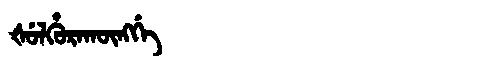
Manchu: ᡧᡠᠯᡥᡠᡵᠠᡴᡡᠩᡤᡝ
Romanization: ŠULHURAKŪNGGE